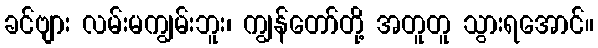
ခင်ဗျား လမ်းမကျွမ်းဘူး၊ ကျွန်တော်တို့ အတူတူ သွားရအောင်။